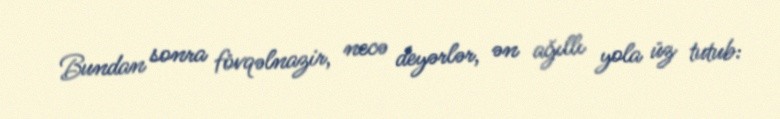
Bundan sonra fövqəlnazir, necə deyərlər, ən ağıllı yola üz tutub: